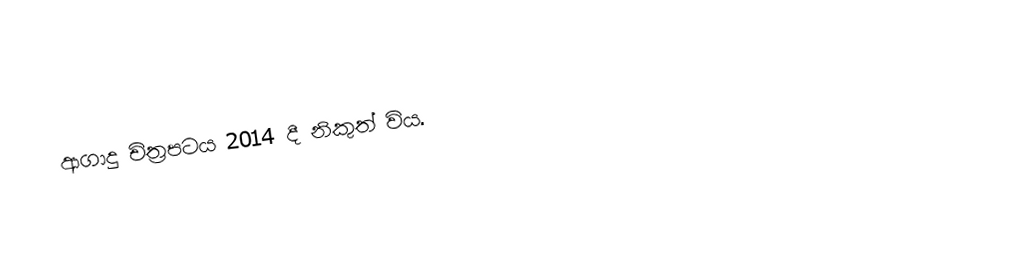
ආගාදු චිත්‍රපටය 2014 දී නිකුත් විය.